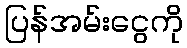
ပြန်အမ်းငွေကို